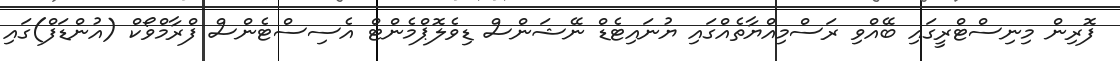
ފޮރިން މިނިސްޓްރީގައި ބޭއްވި ރަސްމިއްޔާތެއްގައި ޔުނައިޓެޑް ނޭޝަންސް ޑިވެލޮޕްމެންޓް އެސިސްޓެންސް ފްރާމްވޯކް (އުންޑަފް)ގައި